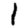
Digit: 1